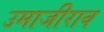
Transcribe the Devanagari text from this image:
उमाजीराव